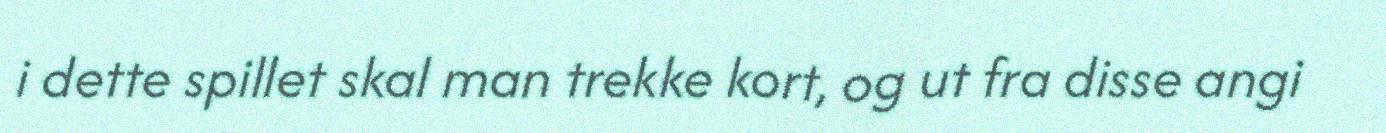
i dette spillet skal man trekke kort, og ut fra disse angi